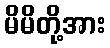
မိမိတို့အား